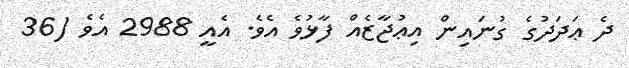
ދެ ޢަދަދުގެ ގުނައިން އިޢުޖާޒެއް ފާޅުވެ އެވެ. އެއީ 2988 އެވެ (36